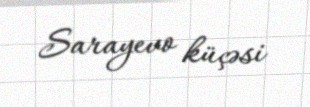
Sarayevo küçəsi